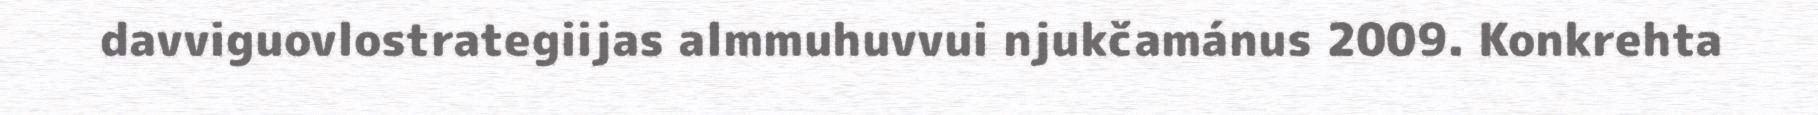
davviguovlostrategiijas almmuhuvvui njukčamánus 2009. Konkrehta